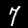
Digit: 7